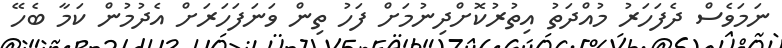
ނަމަވެސް ދެފަހަރު މުއްދަތު އިތުރުކޮށްދިނުމަށް ފަހު ތިން ވަނަފަހަރަށް އެދުމުން ކަމާ ބެހޭ